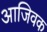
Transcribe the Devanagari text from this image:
आजिवक